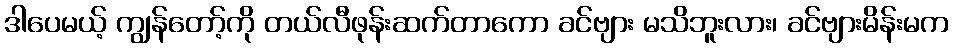
ဒါပေမယ့် ကျွန်တော့်ကို တယ်လီဖုန်းဆက်တာကော ခင်ဗျား မသိဘူးလား၊ ခင်ဗျားမိန်းမက